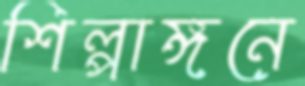
শিল্পাঙ্গনে